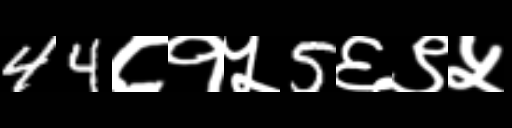
Text: 44८१५5६९५